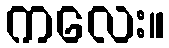
ကလေး။